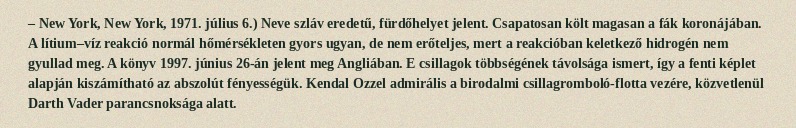
– New York, New York, 1971. július 6.) Neve szláv eredetű, fürdőhelyet jelent. Csapatosan költ magasan a fák koronájában. A lítium–víz reakció normál hőmérsékleten gyors ugyan, de nem erőteljes, mert a reakcióban keletkező hidrogén nem gyullad meg. A könyv 1997. június 26-án jelent meg Angliában. E csillagok többségének távolsága ismert, így a fenti képlet alapján kiszámítható az abszolút fényességük. Kendal Ozzel admirális a birodalmi csillagromboló-flotta vezére, közvetlenül Darth Vader parancsnoksága alatt.